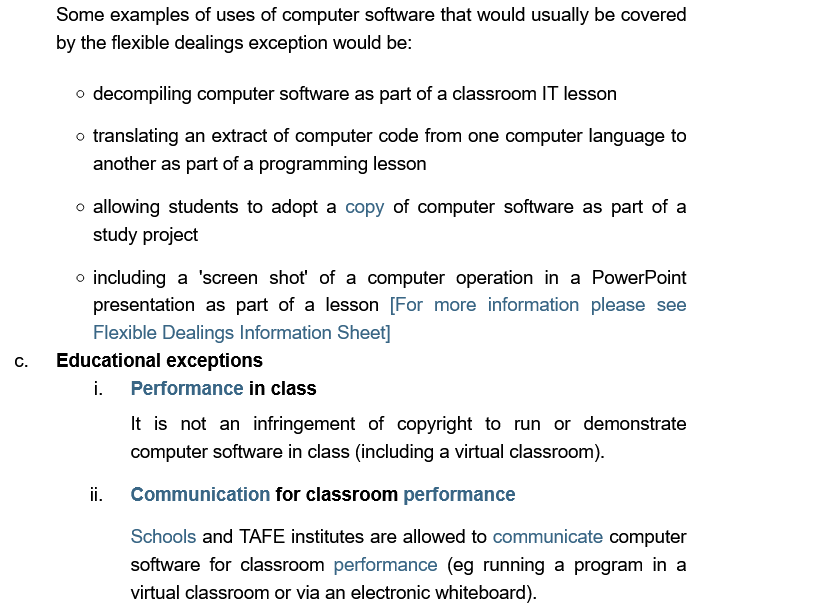
Some examples of uses of computer software that would usually be covered
     by the flexible dealings exception would be:
     © decompiling computer software as part of a classroom IT lesson
     o translating an extract of computer code from one computer language to
     another as part of a programming lesson
     © allowing students to adopt a copy of computer software as part of a
     study project
     © including a ‘screen shot’ of a computer operation in a PowerPoint
     presentation as part of a lesson [For more information please see
     Flexible Dealings Information Sheet]
     Performance in class

     ii. Communication for classroom performance
     It is not an infringement of copyright to run or demonstrate
     computer software in class (including a virtual classroom).
     Schools and TAFE institutes are allowed to communicate computer
     software for classroom performance (eg running a program in a
     virtual classroom or via an electronic whiteboard).
     Educational exceptions